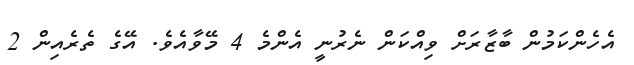
އެހެންކަމުން ބާޒާރަށް ވިއްކަން ނެރުނީ އެންމެ 4 މޭޭވާއެވެ. އޭގެ ތެރެއިން 2